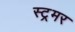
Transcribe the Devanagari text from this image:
स्ट्रमर